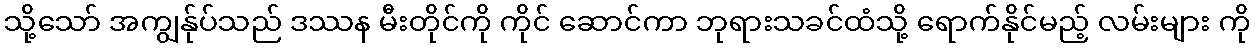
သို့သော် အကျွန်ုပ်သည် ဒဿန မီးတိုင်ကို ကိုင် ဆောင်ကာ ဘုရားသခင်ထံသို့ ရောက်နိုင်မည့် လမ်းများ ကို